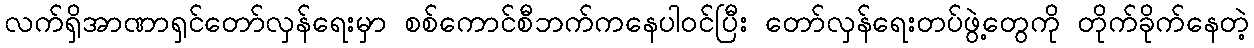
လက်ရှိအာဏာရှင်တော်လှန်ရေးမှာ စစ်ကောင်စီဘက်ကနေပါဝင်ပြီး တော်လှန်ရေးတပ်ဖွဲ့တွေကို တိုက်ခိုက်နေတဲ့